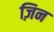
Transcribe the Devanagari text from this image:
ज़िन